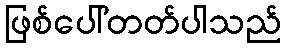
ဖြစ်ပေါ်တတ်ပါသည်